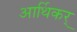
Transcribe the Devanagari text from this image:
आर्थिकर्